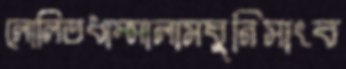
লোলিতধাম্‌সালামঘুনিসাংব